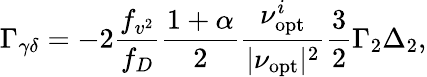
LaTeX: \Gamma_{\gamma\delta}=-2\frac{f_{v^{2}}}{f_{D}}\frac{1+\alpha}{2}\frac{\nu_{\mathrm{opt}}^{i}}{|\nu_{\mathrm{opt}}|^{2}}\frac{3}{2}\Gamma_{2}\Delta_{2},